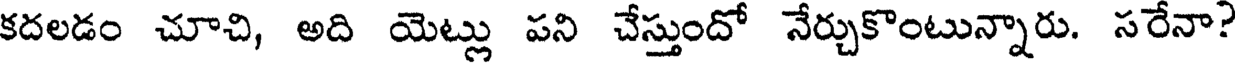
కదలడం చూచి, అది యెట్లు పని చేస్తుందో నేర్చుకొంటున్నారు. సరేనా?